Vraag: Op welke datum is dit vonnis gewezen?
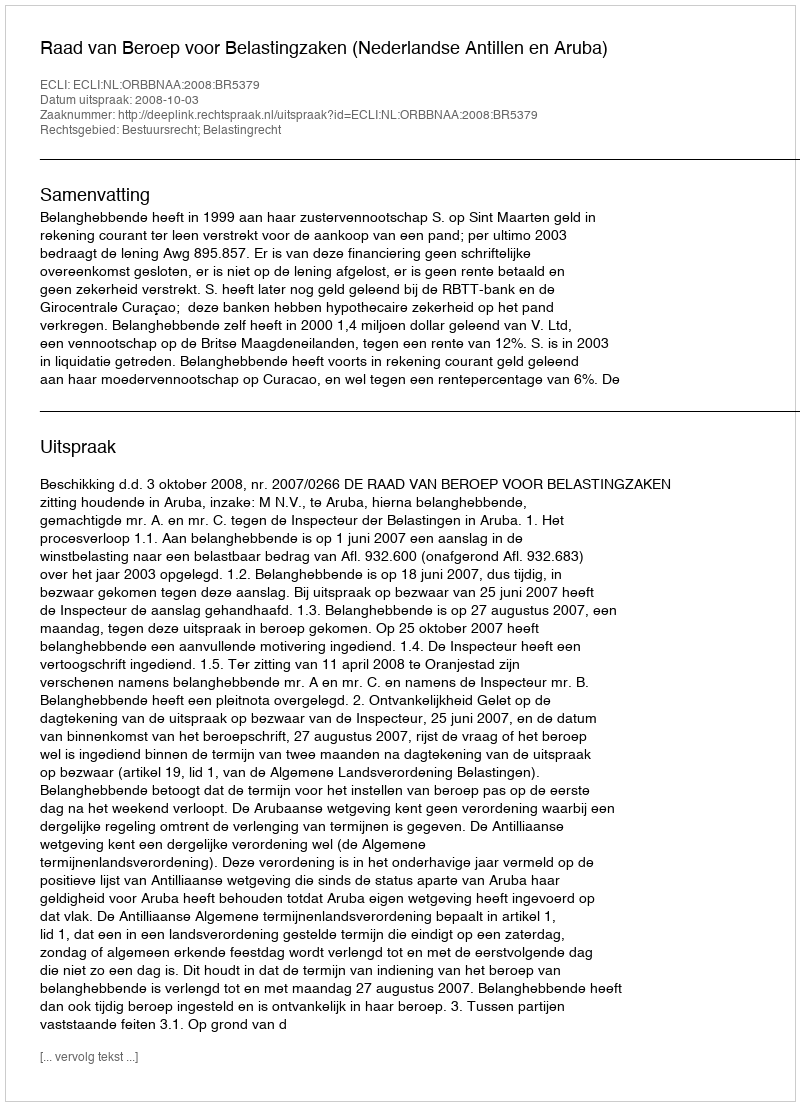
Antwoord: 2008-10-03